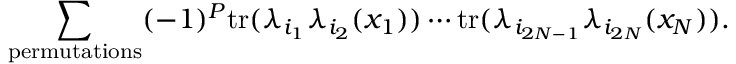
\sum _ { \mathrm { p e r m u t a t i o n s } } ( - 1 ) ^ { P } \mathrm { t r } ( \lambda _ { i _ { 1 } } \lambda _ { i _ { 2 } } ( x _ { 1 } ) ) \cdots \mathrm { t r } ( \lambda _ { i _ { 2 N - 1 } } \lambda _ { i _ { 2 N } } ( x _ { N } ) ) .